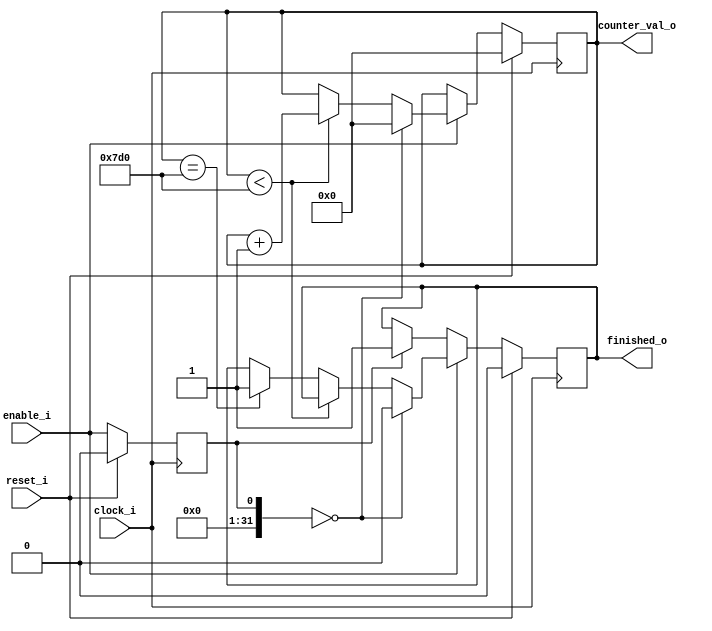
//
// Counter from 0 to MAX_VALUE
//
//
// Copyright 2023 Thomas Hadner
//
// Licensed under the Apache License, Version 2.0 (the "License");
// you may not use this file except in compliance with the License.
// You may obtain a copy of the License at
//
// http://www.apache.org/licenses/LICENSE2.0
//
// Unless required by applicable law or agreed to in writing, software
// distributed under the License is distributed on an "AS IS" BASIS,
// WITHOUT WARRANTIES OR CONDITIONS OF ANY KIND, either express or implied.
// See the License for the specific language governing permissions and
// limitations under the License.

`default_nettype none
`ifndef __COUNTER__
`define __COUNTER__

module counter
	#( 
		parameter MAX_COUNTER_VALUE = 2000	// max value of counter
	)
	(
		input wire reset_i,			// reset
		input wire enable_i,		// enable signal
		input wire clock_i,			// clock
				
		output wire finished_o,			// signal which shows finish of counting
		output wire [ $clog2(MAX_COUNTER_VALUE + 1) - 1 : 0 ] counter_val_o		// counter value
	);
	
	// start the module implementation
	reg [ $clog2(MAX_COUNTER_VALUE + 1) - 1 : 0 ] counter_val;	// register to store the counter value
	reg [ 0 : 0 ] finished;						// register to store the finished flag
	
	assign counter_val_o = counter_val;			// assign the counter value to the output
	assign finished_o = finished;				// assign the finished value to the output

	integer last_enable_state = 0;
	integer current_enable_state = 0;

	// gets active always when a positive edge of the clock signal occours
	always @ ( posedge clock_i ) begin
	
		last_enable_state = current_enable_state;	// save old enable state
		current_enable_state = { { 31 {1'b0} } , enable_i };			// assign enable
	
		// reset is active
		if ( reset_i == 1'b1) begin
			finished <= 1'b0;
			
			counter_val <= { $clog2(MAX_COUNTER_VALUE + 1) {1'b0} };	// reset counter value
			
			last_enable_state = 0;
			current_enable_state = 0;
			
		// reset is disabled
		end else begin		
		
			// increment the counter value by 1 if enable is active
			if ( enable_i == 1'b1 ) begin
				// had rising edge on enable
				if ( last_enable_state == 0) begin
					finished <= 1'b0;
					counter_val <= { $clog2(MAX_COUNTER_VALUE + 1) {1'b0} };	// reset counter value
				end else begin
				
					// increment counter if smaller MAX_COUNTER_VALUE, else finished
					if ( counter_val < MAX_COUNTER_VALUE ) begin
						counter_val <= counter_val + { { ($clog2(MAX_COUNTER_VALUE + 1) - 1) {1'b0} } , 1'b1 };
					end else begin 
						if ( counter_val == MAX_COUNTER_VALUE ) begin
							finished <= 1'b1;	// set finished to high
						end
					end
				end
				
			end else begin
				// had falling edge on enable
				if ( last_enable_state == 1 ) begin
					finished <= 1'b1;		// set finished to high			
				end
			end
		end
	end
	
endmodule	// counter

`endif
`default_nettype wire